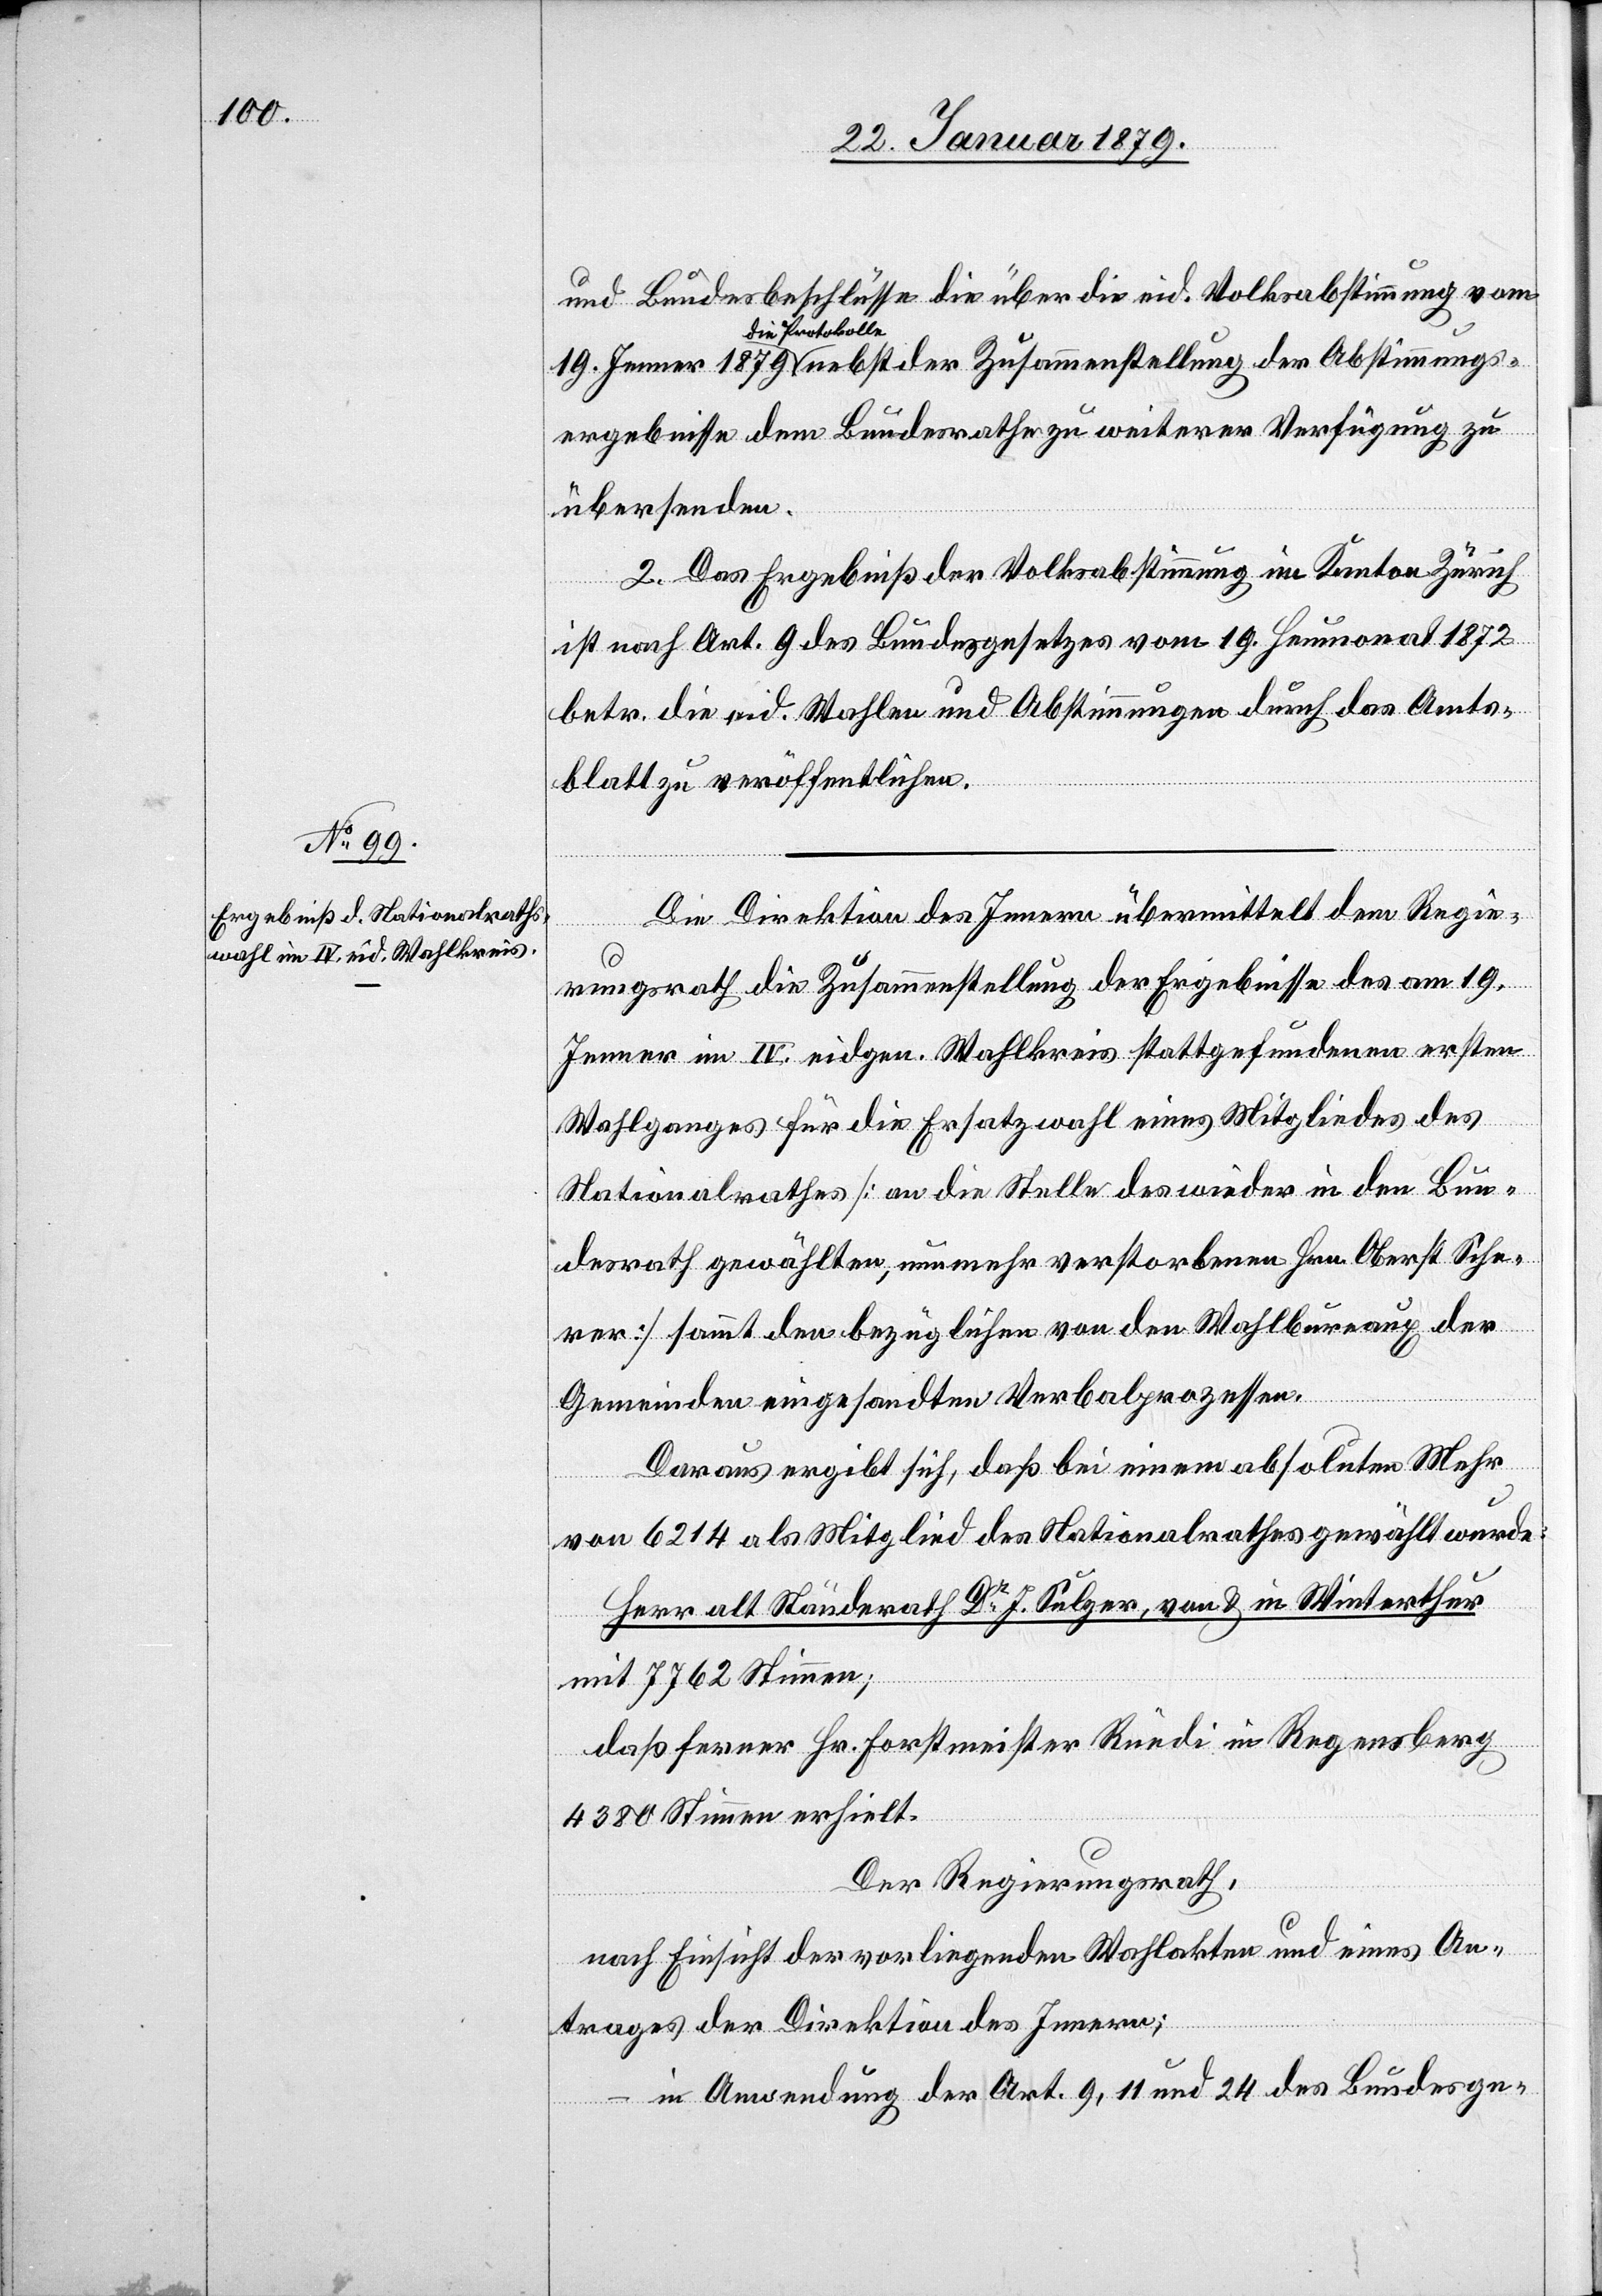
und Bundesbeschlüsse die über die eid. Volksabstimmung vom
a-die Protokolle-a
ergebnisse dem Bundesrathe zu weiterer Verfügung zu
übersenden.
2. Das Ergebniß der Volksabstimmung im Kanton Zürich
ist nach Art. 9 des Bundesgesetzes vom 19. Heumonat 1872
betr. die eid. Wahlen und Abstimmungen durch das Amts¬
blatt zu veröffentlichen.
Die Direktion des Innern übermittelt dem Regie¬
19.
rungsrath die Zusammenstellung der Ergebnisse des am 19.
Jenner im IV. eidgen. Wahlkreis stattgefundenen ersten
Wahlganges für die Ersatzwahl eines Mitgliedes des
Nationalrathes [an die Stelle des wieder in den Bun¬
desrath gewählten, nunmehr verstorbenen Hrn. Oberst Sche¬
rer] sammt den bezüglichen von den Wahlbureaux der
Gemeinden eingesandten Verbalprozessen.
Daraus ergibt sich, daß bei einem absoluten Mehr
mmungs¬
von 6214 als Mitglied des Nationalrathes gewählt wurde:
Herr alt Ständerath Dr J. Sulzer, von & in Winterthur
mit 7762 Stimmen;
daß ferner Hr. Forstmeister Rüedi in Regensberg
4380 Stimmen erhielt.
Der Regierungsrath,
nach Einsicht der vorliegenden Wahlakten und eines An¬
der
trages der Direktion des Innern;
in Anwendung der Art. 9, 11 und 24 des Bundesge-